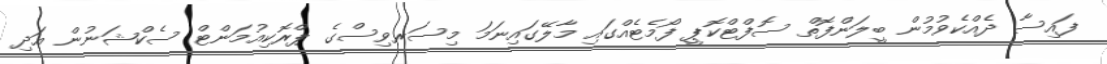
ފައިސާ ދެއްކެވުމުން ބީލަންފޮތް ސޮފްޓްކޮޕީ ފޯމެޓެއްގައި މާލޭގައިނަމަ މިސަރވިސްގެ ޕްރޮކިއުމަންޓް ސެކްޝަނުން އަދި